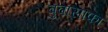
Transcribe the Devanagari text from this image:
बुवासाफा